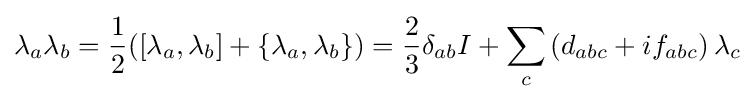
\lambda _{a}\lambda _{b}={\frac {1}{2}}([\lambda _{a},\lambda _{b}]+\{\lambda _{a},\lambda _{b}\})={\frac {2}{3}}\delta _{ab}I+\sum _{c}\left(d_{abc}+if_{abc}\right)\lambda _{c}